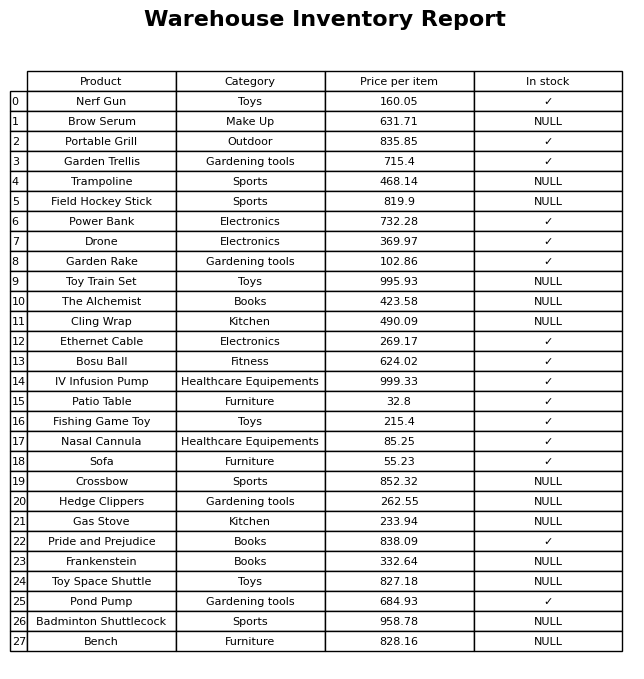
question: What is the price of the Cling Wrap?
answer: The price of Cling Wrap is 490.09.